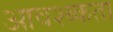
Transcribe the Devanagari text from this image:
आवश्य्कता